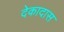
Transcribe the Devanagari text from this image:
देकादास